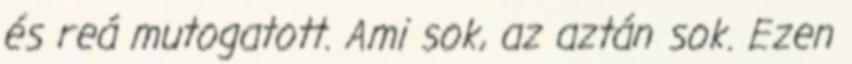
és reá mutogatott. Ami sok, az aztán sok. Ezen